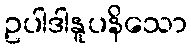
ဥပါဒါနူပနိသော